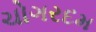
ચોગરદમ